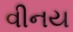
વીનય